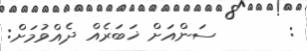
:       ސަންއަށް ޚަބަރެއް ދެއްވުމަށް: